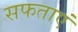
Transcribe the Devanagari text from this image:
सफताएं